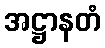
အဋ္ဌာနတံ